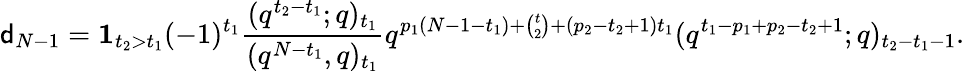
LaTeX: \mathsf{d}_{N-1}=\mathbf{1}_{t_{2}>t_{1}}(-1)^{t_{1}}\frac{(q^{t_{2}-t_{1}};q)_{t_{1}}}{(q^{N-t_{1}},q)_{t_{1}}}q^{p_{1}(N-1-t_{1})+\binom{t}2+(p_{2}-t_{2}+1)t_{1}}(q^{t_{1}-p_{1}+p_{2}-t_{2}+1};q)_{t_{2}-t_{1}-1}.